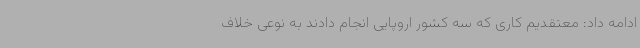
ادامه داد: معتقدیم کاری که سه کشور اروپایی انجام دادند به نوعی خلاف